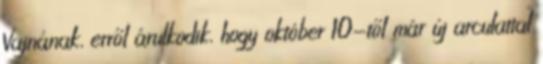
Vajnának, erről árulkodik, hogy október 10-től már új arculattal